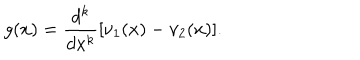
LaTeX: g ( x ) = \frac { d ^ { k } } { d x ^ { k } } [ \nu _ { 1 } ( x ) - \nu _ { 2 } ( x ) ] .